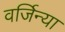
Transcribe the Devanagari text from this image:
वर्जिन्या